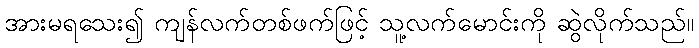
အားမရသေး၍ ကျန်လက်တစ်ဖက်ဖြင့် သူ့လက်မောင်းကို ဆွဲလိုက်သည်။